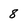
Character: 8